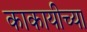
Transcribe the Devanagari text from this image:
काकायीच्या